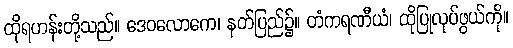
ထိုရဟန်းတို့သည်။ ဒေဝလောကေ၊ နတ်ပြည်၌။ တံကရဏီယံ၊ ထိုပြုလုပ်ဖွယ်ကို။